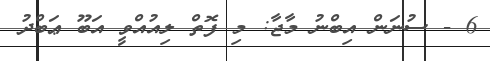
6 - ސުނަން އިބްނު މާޖާ: މި ފޮތް ލިއުއްވީ އަބޫ ޢަބްދު